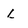
Character: L